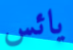
يائس